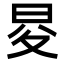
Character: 𭥨